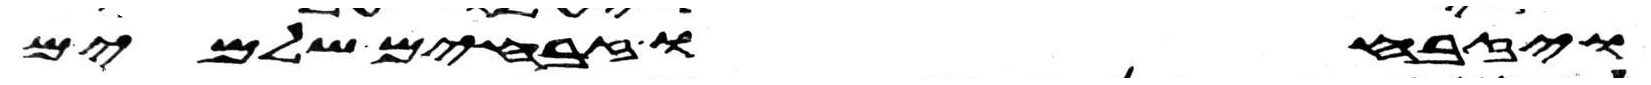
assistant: ויזבחו זבחים שלמים